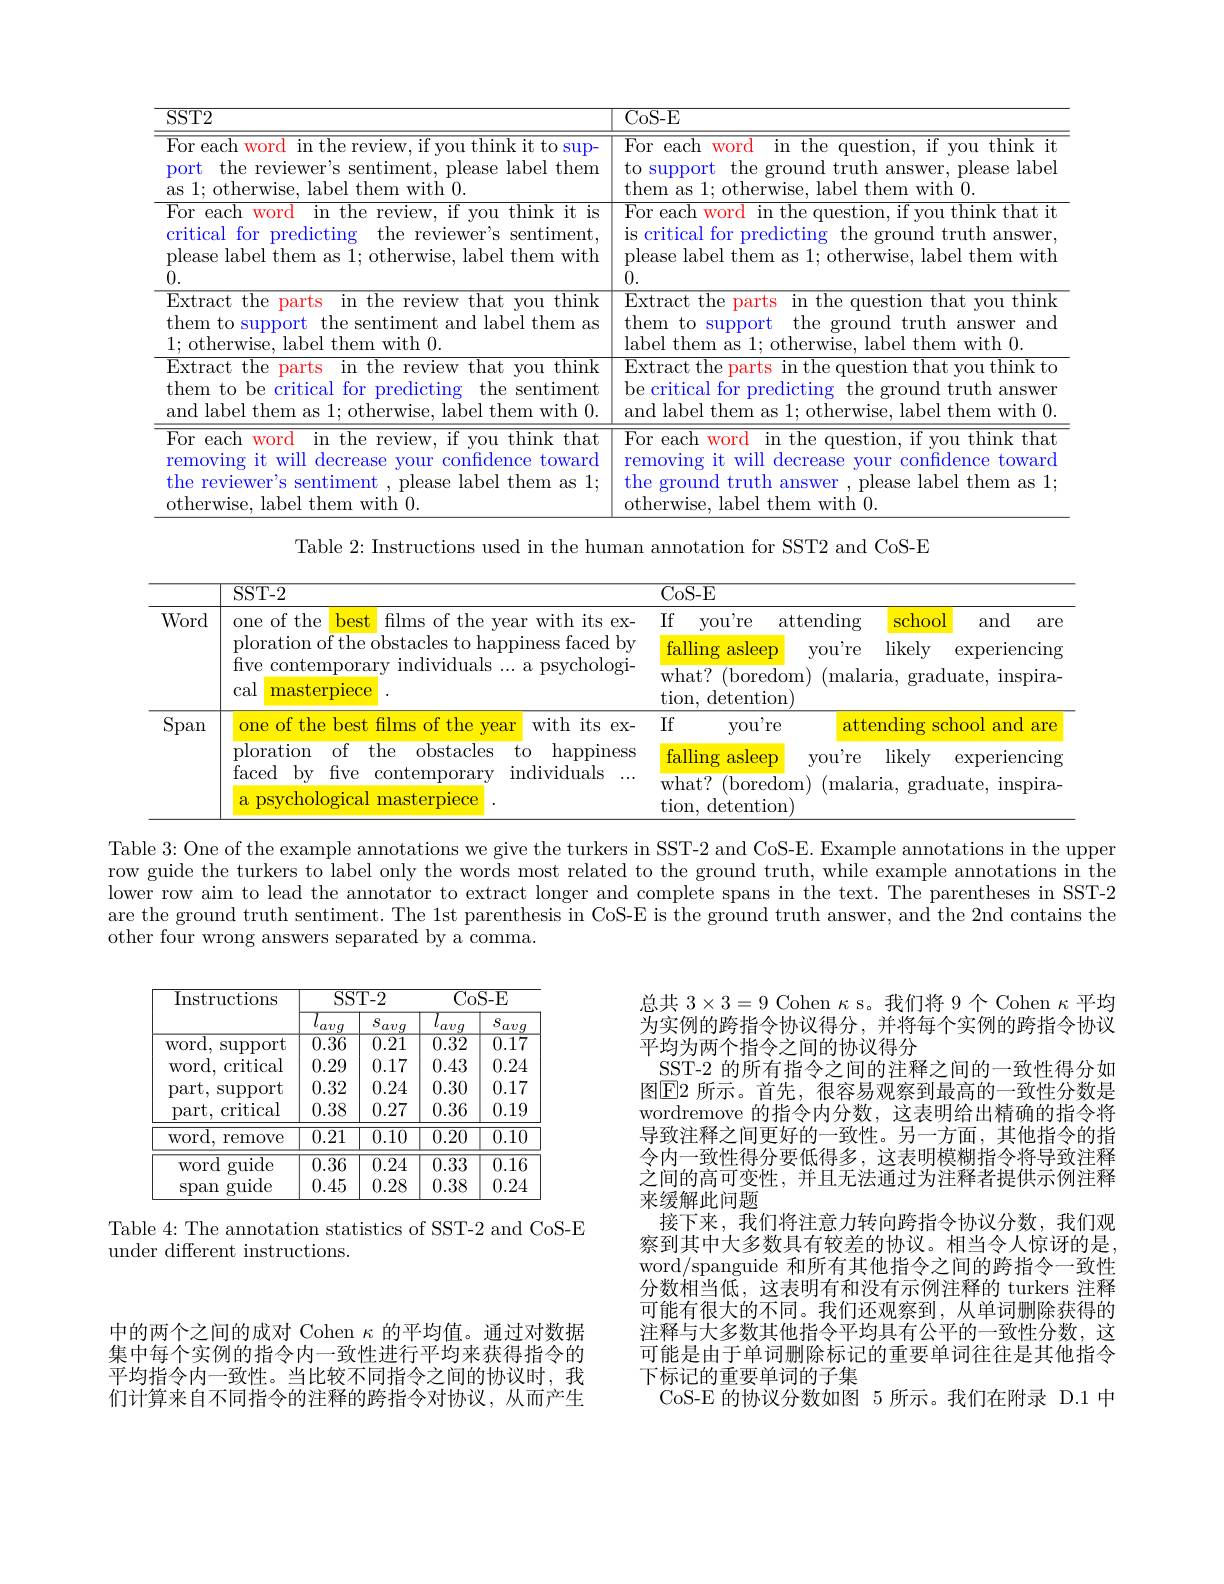
<table>
	<tbody>
		<tr>
			<th>$SST2$</th>
			<th>CoS- E</th>
		</tr>
		<tr>
			<td>$\overline{\text{For each word in the review, if you think it to sup-}}$ Dort the reviewer's sentiment, please label them as 1; otherwise, label them with 0.</td>
			<td>$\overline{{\mathrm{For~each}}}$ WOrd in the question, if you think it to support the ground truth answer, please label them as 1; otherwise, label them with 0.</td>
		</tr>
		<tr>
			<td>$\overline{{\mathrm{For~each}}}$ word in the review, if you think it is critical for predicting the reviewer's sentiment, please label them as 1; otherwise, label them with 0.</td>
			<td>${\mathrm{For~each~word~in~the~question,~if~you~think~that~it}}$ is critical for predicting the ground truth answer please label them as 1; otherwise, label them with 0.</td>
		</tr>
		<tr>
			<td>$\overline{\mathrm{Extract~the}}$ $\textbf{parts}$ in the review that you think them to support the sentiment and label them as $1\cdot$other rise. label them with 0.</td>
			<td>Extract the parts in the question that you think them to support the ground ${\mathrm{~truth~answer~anc}}$ label them as 11</td>
		</tr>
		<tr>
			<td>$\overline{{\mathrm{Extract~the}}}$ parts in the review that vou think them to be critical for predicting the sentiment and label them as 1: otherwise, label them with 0.</td>
			<td>$\operatorname{Extract~the~parts~in~the~question~that~you~think~to}$ be critical for predicting the ground truth answer and label them as 1; otherwise, label them with 0.</td>
		</tr>
		<tr>
			<td>For each 1 word in the review, if you think that 1. removing it will decrease your confidence toward the reviewer's sentiment , please label them as 1; otherwise. label them with 0.</td>
			<td>$\overline{\mathrm{For~each}}$ $\textbf{n word}$ in the question, if you think that removing it will decrease your confidence toward the ground truth answer , please label them as 1; otherwise, label them with 0.</td>
		</tr>
	</tbody>
</table>

Table 2: Instructions used in the human annotation for SST2 and CoS-E

<table>
	<tbody>
		<tr>
			<th> </th>
			<th>$SST-2$</th>
			<th>CoS- E</th>
		</tr>
		<tr>
			<td>Word</td>
			<td>one of the best films of the year with its ex- ploration of the obstacles to happiness faced by five contemporary individuals ...a psychologi- cal masterpiece</td>
			<td>If you're attending school and are falling asleep you're likely $\operatorname{experiencing}$ what? ( boredom) ( malaria, graduate, inspira- $\operatorname{tion,}$detention)</td>
		</tr>
		<tr>
			<td>Span</td>
			<td>one of the best films of the year with its ex-</td>
			<td>$If$ you're attending school and are</td>
		</tr>
	</tbody>
</table>

Table 3: One of the example annotations we give the turkers in SST-2 and CoS-E. Example annotations in the upper row guide the turkers to label only the words most related to the ground truth, while example annotations in the lower row aim to lead the annotator to extract longer and complete spans in the text. The parentheses in SST-2 are the ground truth sentiment. The 1st parenthesis in CoS-E is the ground truth answer, and the 2nd contains the other four wrong answers separated by a comma.

<table>
	<tbody>
		<tr>
			<th rowspan="2">Instructions</th>
			<th colspan="2">SST- 2</th>
			<th>$\overline{\mathrm{Co}}$</th>
			<th>$\overline{\mathrm{S-E}}$</th>
		</tr>
		<tr>
			<th>avg</th>
			<th>$S$ avg</th>
			<th>avg</th>
			<th>$S_{c}$ $av$</th>
		</tr>
		<tr>
			<td>WOrd, Support</td>
			<td>$\overline{0.36}$</td>
			<td>$\overline{0.21}$</td>
			<td>$\overline{0.32}$</td>
			<td>$\overline{0.17}$</td>
		</tr>
		<tr>
			<td>critical $\operatorname{WOrd}$,</td>
			<td>0.29</td>
			<td>0.17</td>
			<td>0.43</td>
			<td>0.24</td>
		</tr>
		<tr>
			<td>part. Support</td>
			<td>0.32</td>
			<td>0.24</td>
			<td>0.30</td>
			<td>0.17</td>
		</tr>
		<tr>
			<td>critical part</td>
			<td>0.38</td>
			<td>0.27</td>
			<td>0.36</td>
			<td>$0.1\mathbb{C}$</td>
		</tr>
		<tr>
			<td>$\operatorname{WOrd}$, remove</td>
			<td>$\overline{0.21}$</td>
			<td>$\overline{0.10}$</td>
			<td>$\overline{0.20}$</td>
			<td>$\overline{0.1\text{C}}$</td>
		</tr>
		<tr>
			<td>guide word</td>
			<td>$\overline{0.36}$</td>
			<td>0.24</td>
			<td>$\overline{0.33}$</td>
			<td>$\overline{0.16}$</td>
		</tr>
		<tr>
			<td>guide Span</td>
			<td>0.45</td>
			<td>0.28</td>
			<td>0.38</td>
			<td>0.24</td>
		</tr>
	</tbody>
</table>

总共$3\times3=9$ Cohen $\kappa$ s。我们将 9个 Cohen $\kappa$平均为实例的跨指令协议得分，并将每个实例的跨指令协议平均为两个指令之间的协议得分
SST-2 的所有指令之间的注释之间的一致性得分如图$\overline{\mathrm{E}}$2 所示。首先，很容易观察到最高的一致性分数是wordremove 的指令内分数，这表明给出精确的指令将导致注释之间更好的一致性。另一方面，其他指令的指令内一致性得分要低得多，这表明模糊指令将导致注释之间的高可变性，并且无法通过为注释者提供示例注释来缓解此问题
接下来，我们将注意力转向跨指令协议分数，我们观察到其中大多数具有较差的协议。相当令人惊讶的是， word/spanguide 和所有其他指令之间的跨指令一致性分数相当低，这表明有和没有示例注释的 turkers 注释可能有很大的不同。我们还观察到，从单词删除获得的注释与大多数其他指令平均具有公平的一致性分数，这可能是由于单词删除标记的重要单词往往是其他指令下标记的重要单词的子集
CoS-E 的协议分数如图 5 所示。我们在附录 D.1 中

Table 4: The annotation statistics of SST-2 and CoS-E
under different instructions.

中的两个之间的成对 Cohen $\kappa$的平均值。通过对数据集中每个实例的指令内一致性进行平均来获得指令的平均指令内一致性。当比较不同指令之间的协议时，我们计算来自不同指令的注释的跨指令对协议，从而产生